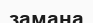
замана